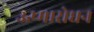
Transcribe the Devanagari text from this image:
ऊष्मारोधन